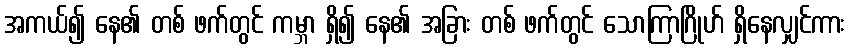
အကယ်၍ နေ၏ တစ် ဖက်တွင် ကမ္ဘာ ရှိ၍ နေ၏ အခြား တစ် ဖက်တွင် သောကြာဂြိုဟ် ရှိနေလျှင်ကား